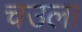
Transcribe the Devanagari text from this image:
चउला